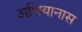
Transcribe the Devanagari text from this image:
अभियानास